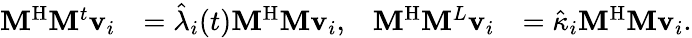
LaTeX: \begin{array}{rlrl}{\mathbf{M}^{\mathrm{H}}\mathbf{M}^{t}\mathbf{v}_{i}}&{=\hat{\lambda}_{i}(t)\mathbf{M}^{\mathrm{H}}\mathbf{M}\mathbf{v}_{i},}&{\mathbf{M}^{\mathrm{H}}\mathbf{M}^{L}\mathbf{v}_{i}}&{=\hat{\kappa}_{i}\mathbf{M}^{\mathrm{H}}\mathbf{M}\mathbf{v}_{i}.}\end{array}